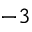
^ { - 3 }